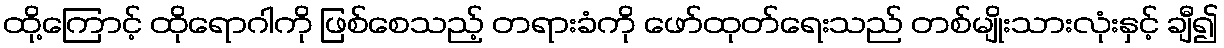
ထို့ကြောင့် ထိုရောဂါကို ဖြစ်စေသည့် တရားခံကို ဖော်ထုတ်ရေးသည် တစ်မျိုးသားလုံးနှင့် ချီ၍